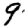
Digit: 9